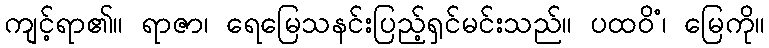
ကျင့်ရာ၏။ ရာဇာ၊ ရေမြေသနင်းပြည့်ရှင်မင်းသည်။ ပထဝိံ၊ မြေကို။